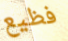
فظيع